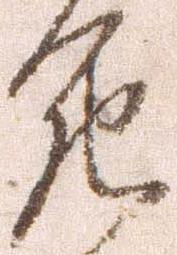
死